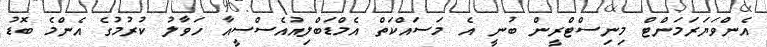
އެންވަޔަރަމަންޓް މިނިސްޓްރީން ބުނީ އެ މަސައްކަތް އެމްޑަބްލިއުއެސްސީއާ ހަވާލު ކުރުމުގެ އެންމެ ބޮޑު